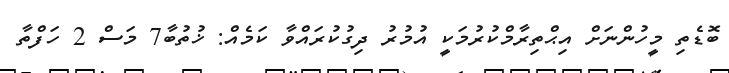
ބޮޑެތި މީހުންނަށް އިޙްތިރާމްކުރުމަކީ އުމުރު ދިގުކުރައްވާ ކަމެއް: ޚުތުބާ7 މަސް 2 ހަފްތާ